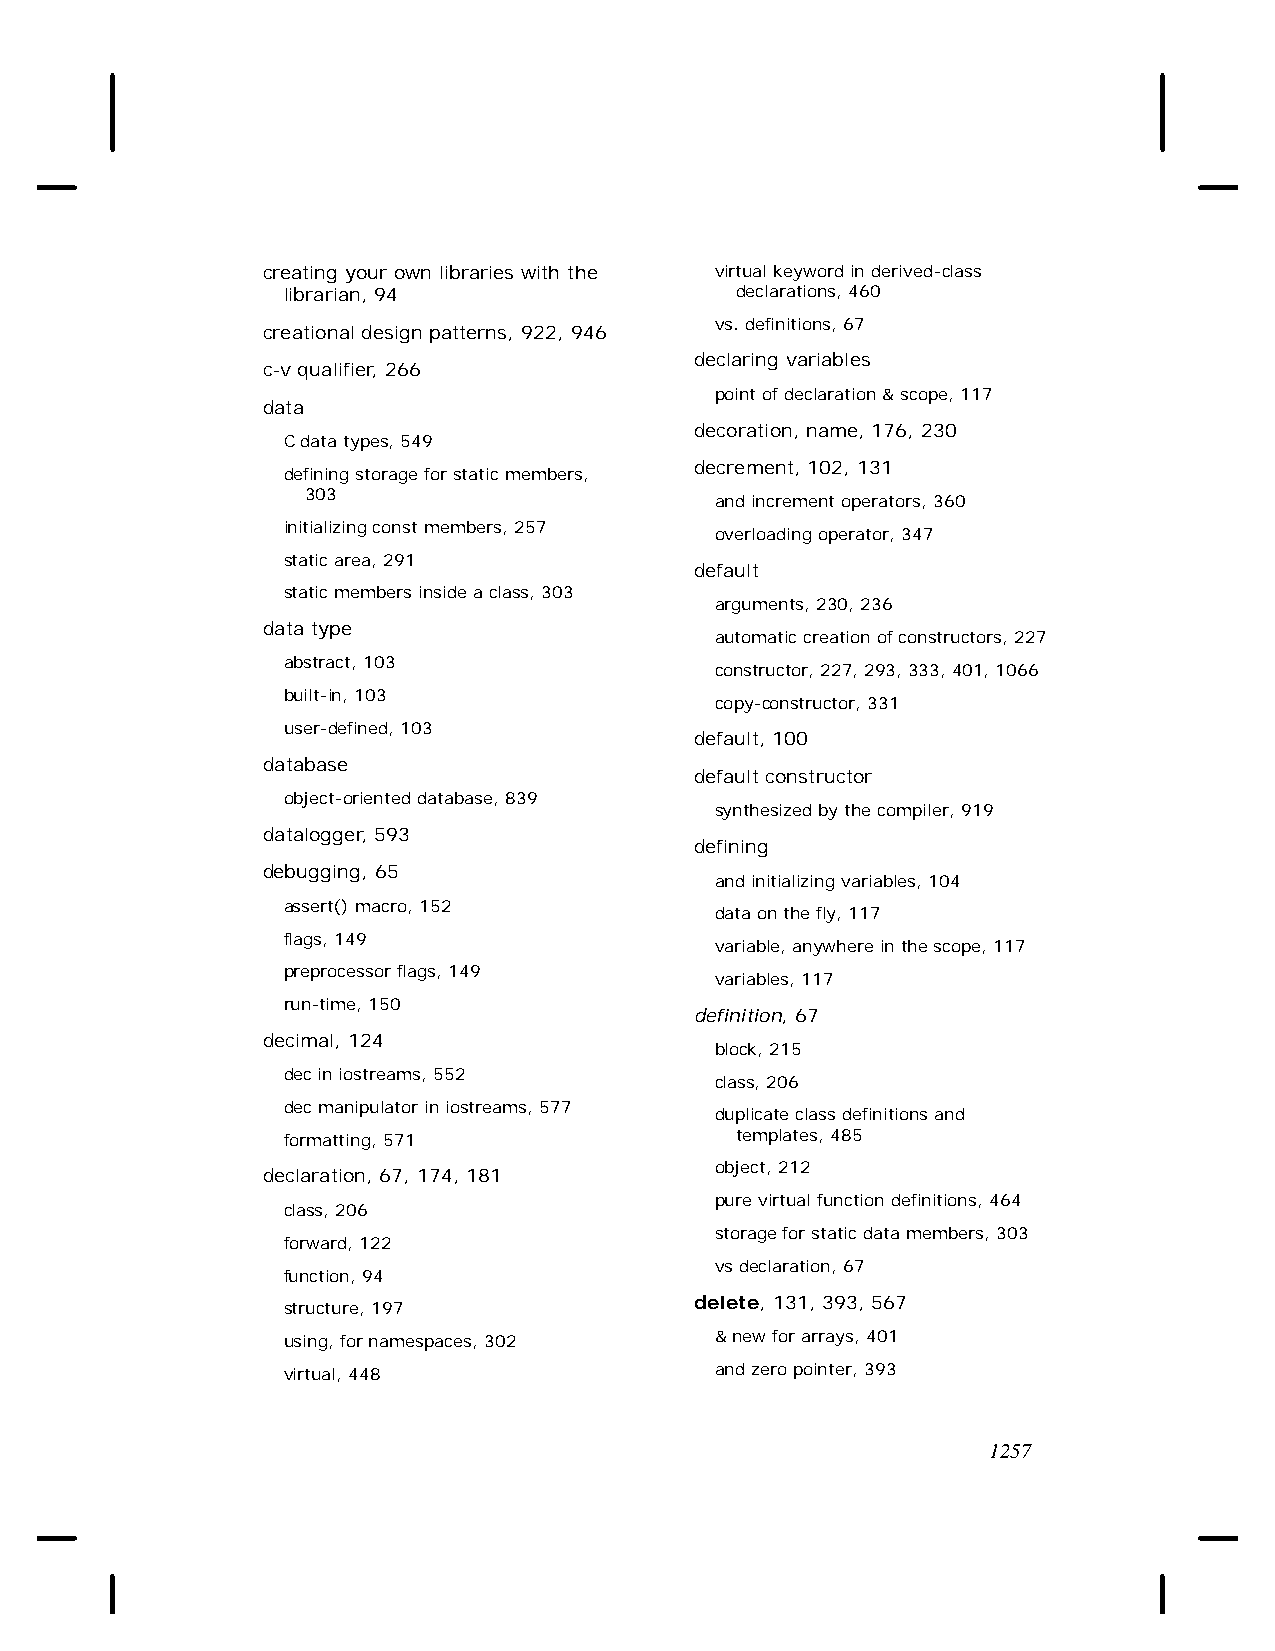
creating your own libraries with the virtual keyword in derived-class
 librarian, 94                 declarations, 460
 vs. definitions, 67
 creational design patterns, 922, 946
 declaring variables
 c-v qualifier, 266
 point of declaration & scope, 117
 data
 decoration, name, 176, 230
 C data types, 549
 decrement, 102, 131
 defining storage for static members,
 303
 and increment operators, 360
 initializing const members, 257
 overloading operator, 347
 static area, 291
 default
 static members inside a class, 303
 arguments, 230, 236
 data type
 automatic creation of constructors, 227
 abstract, 103
 constructor, 227, 293, 333, 401, 1066
 built-in, 103
 copy-constructor, 331
 user-defined, 103
 default, 100
 database
 default constructor
 object-oriented database, 839
 synthesized by the compiler, 919
 datalogger, 593
 defining
 debugging, 65
 and initializing variables, 104
 assert() macro, 152
 data on the fly, 117
 flags, 149
 variable, anywhere in the scope, 117
 preprocessor flags, 149
 variables, 117
 run-time, 150
 definition, 67
 decimal, 124
 block, 215
 dec in iostreams, 552
 class, 206
 dec manipulator in iostreams, 577
 duplicate class definitions and
 formatting, 571               templates, 485
 object, 212
 declaration, 67, 174, 181
 pure virtual function definitions, 464
 class, 206
 storage for static data members, 303
 forward, 122
 vs declaration, 67
 function, 94
 delete, 131, 393, 567
 structure, 197
 using, for namespaces, 302  & new for arrays, 401
 virtual, 448                and zero pointer, 393
 1257